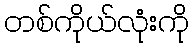
တစ်ကိုယ်လုံးကို